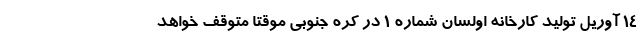
۱۴ آوریل تولید کارخانه اولسان شماره ۱ در کره جنوبی موقتا متوقف خواهد